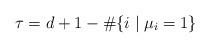
LaTeX: \begin{align*}\tau = d+1-\#\{i \mid \mu_i=1\}\end{align*}